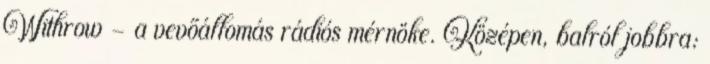
Withrow – a vevőállomás rádiós mérnöke. Középen, balról jobbra: